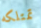
تمتلكه